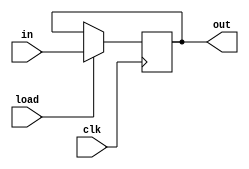
module instruc_reg(clk, in, load, out);
    input [15:0] in;
    input load, clk;
    
    output [15:0] out;

    reg [15:0] out;
    reg [15:0] mux_out;

    // Checking whether we should update current data with input
    always @* begin
        if (load == 1'b0)
            mux_out = out;
        else
            mux_out = in;
    end

    // Outputting the data on the rising edge of the clock
    always @(posedge clk) begin
        out = mux_out;
    end
endmodule